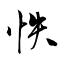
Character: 怢